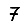
Digit: 7